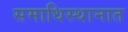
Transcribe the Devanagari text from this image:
समाधिस्थानात